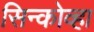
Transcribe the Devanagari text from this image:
सिन्कोव्हा